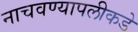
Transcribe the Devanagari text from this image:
नाचवण्यापलीकडे